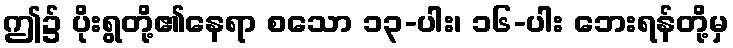
ဤ၌ ပိုးရွတို့၏နေရာ စသော ၁၃-ပါး၊ ၁၆-ပါး ဘေးရန်တို့မှ